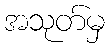
အသုတ်မှ